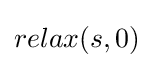
relax(s,0)